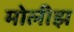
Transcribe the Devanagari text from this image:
मोलीझ